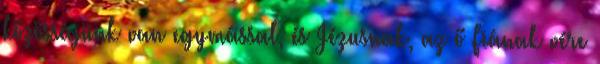
közösségünk van egymással, és Jézusnak, az ő Fiának vére